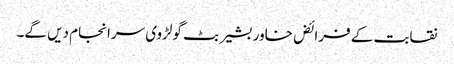
نقابت کے فرائض خاور بشیر بٹ گولڑوی سرانجام دیں گے۔